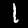
Label: 1